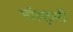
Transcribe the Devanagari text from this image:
मोस्ट्ली